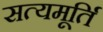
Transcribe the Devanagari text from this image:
सत्यमूर्ति